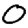
Digit: 0